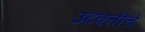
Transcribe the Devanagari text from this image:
उदबत्तीचे